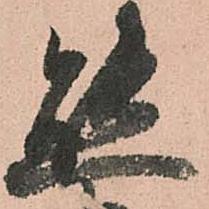
態